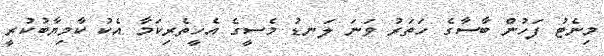
މިނެޓު ފަހުން ބާސާގެ ހަތަރު ވަނަ ލަނޑު މެސީގެ އެހީތެރިކަމާ އެކު ކާމިޔާބުކުރީ